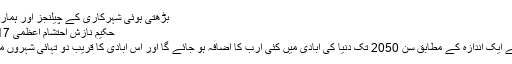
بڑھتی ہوئی شہرکاری کے چیلنجز اور ہماری ذمہ داریاں
حکیم نازش احتشام اعظمی 28/10/2017
اقوام متحدہ کے ایک اندازہ کے مطابق سن 2050 تک دنیا کی آبادی میں کئی ارب کا اضافہ ہو جائے گا اور اس آبادی کا قریب دو تہائی شہروں میں مقیم ہو گا۔